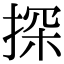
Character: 探